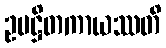
ဥပဋ္ဌိတကာယဿတိ